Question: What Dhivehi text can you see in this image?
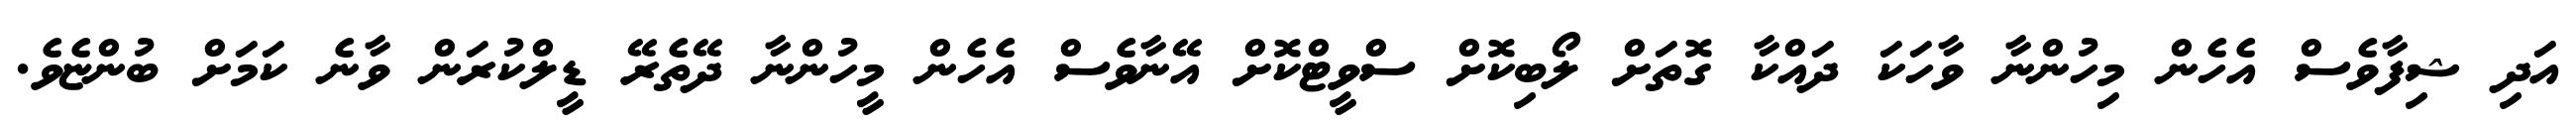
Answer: އަދި ޝިފާވެސް އެހެން މިހުންނާ ވާހަކަ ދައްކާ ގޮތަށް ލޯބިކޮށް ސްވީޓްކޮށް އޭނާވެސް އެހެން މީހުންނާ ދޭތެރޭ ޑީލްކުރަން ވާނެ ކަމަށް ބުންޏެވެ.